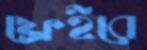
ফ্রেইরে